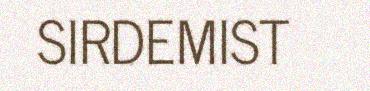
SIRDEMIST